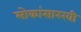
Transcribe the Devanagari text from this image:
लोकांसारखी